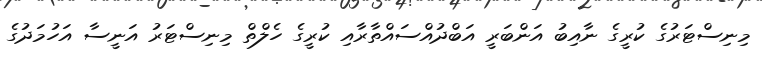
މިނިސްޓަރުގެ ކުރީގެ ނާއިބު އަންބަރީ އަބްދުއްސައްތާރާއި ކުރީގެ ހެލްތް މިނިސްޓަރު އަނީސާ އަހުމަދުގެ